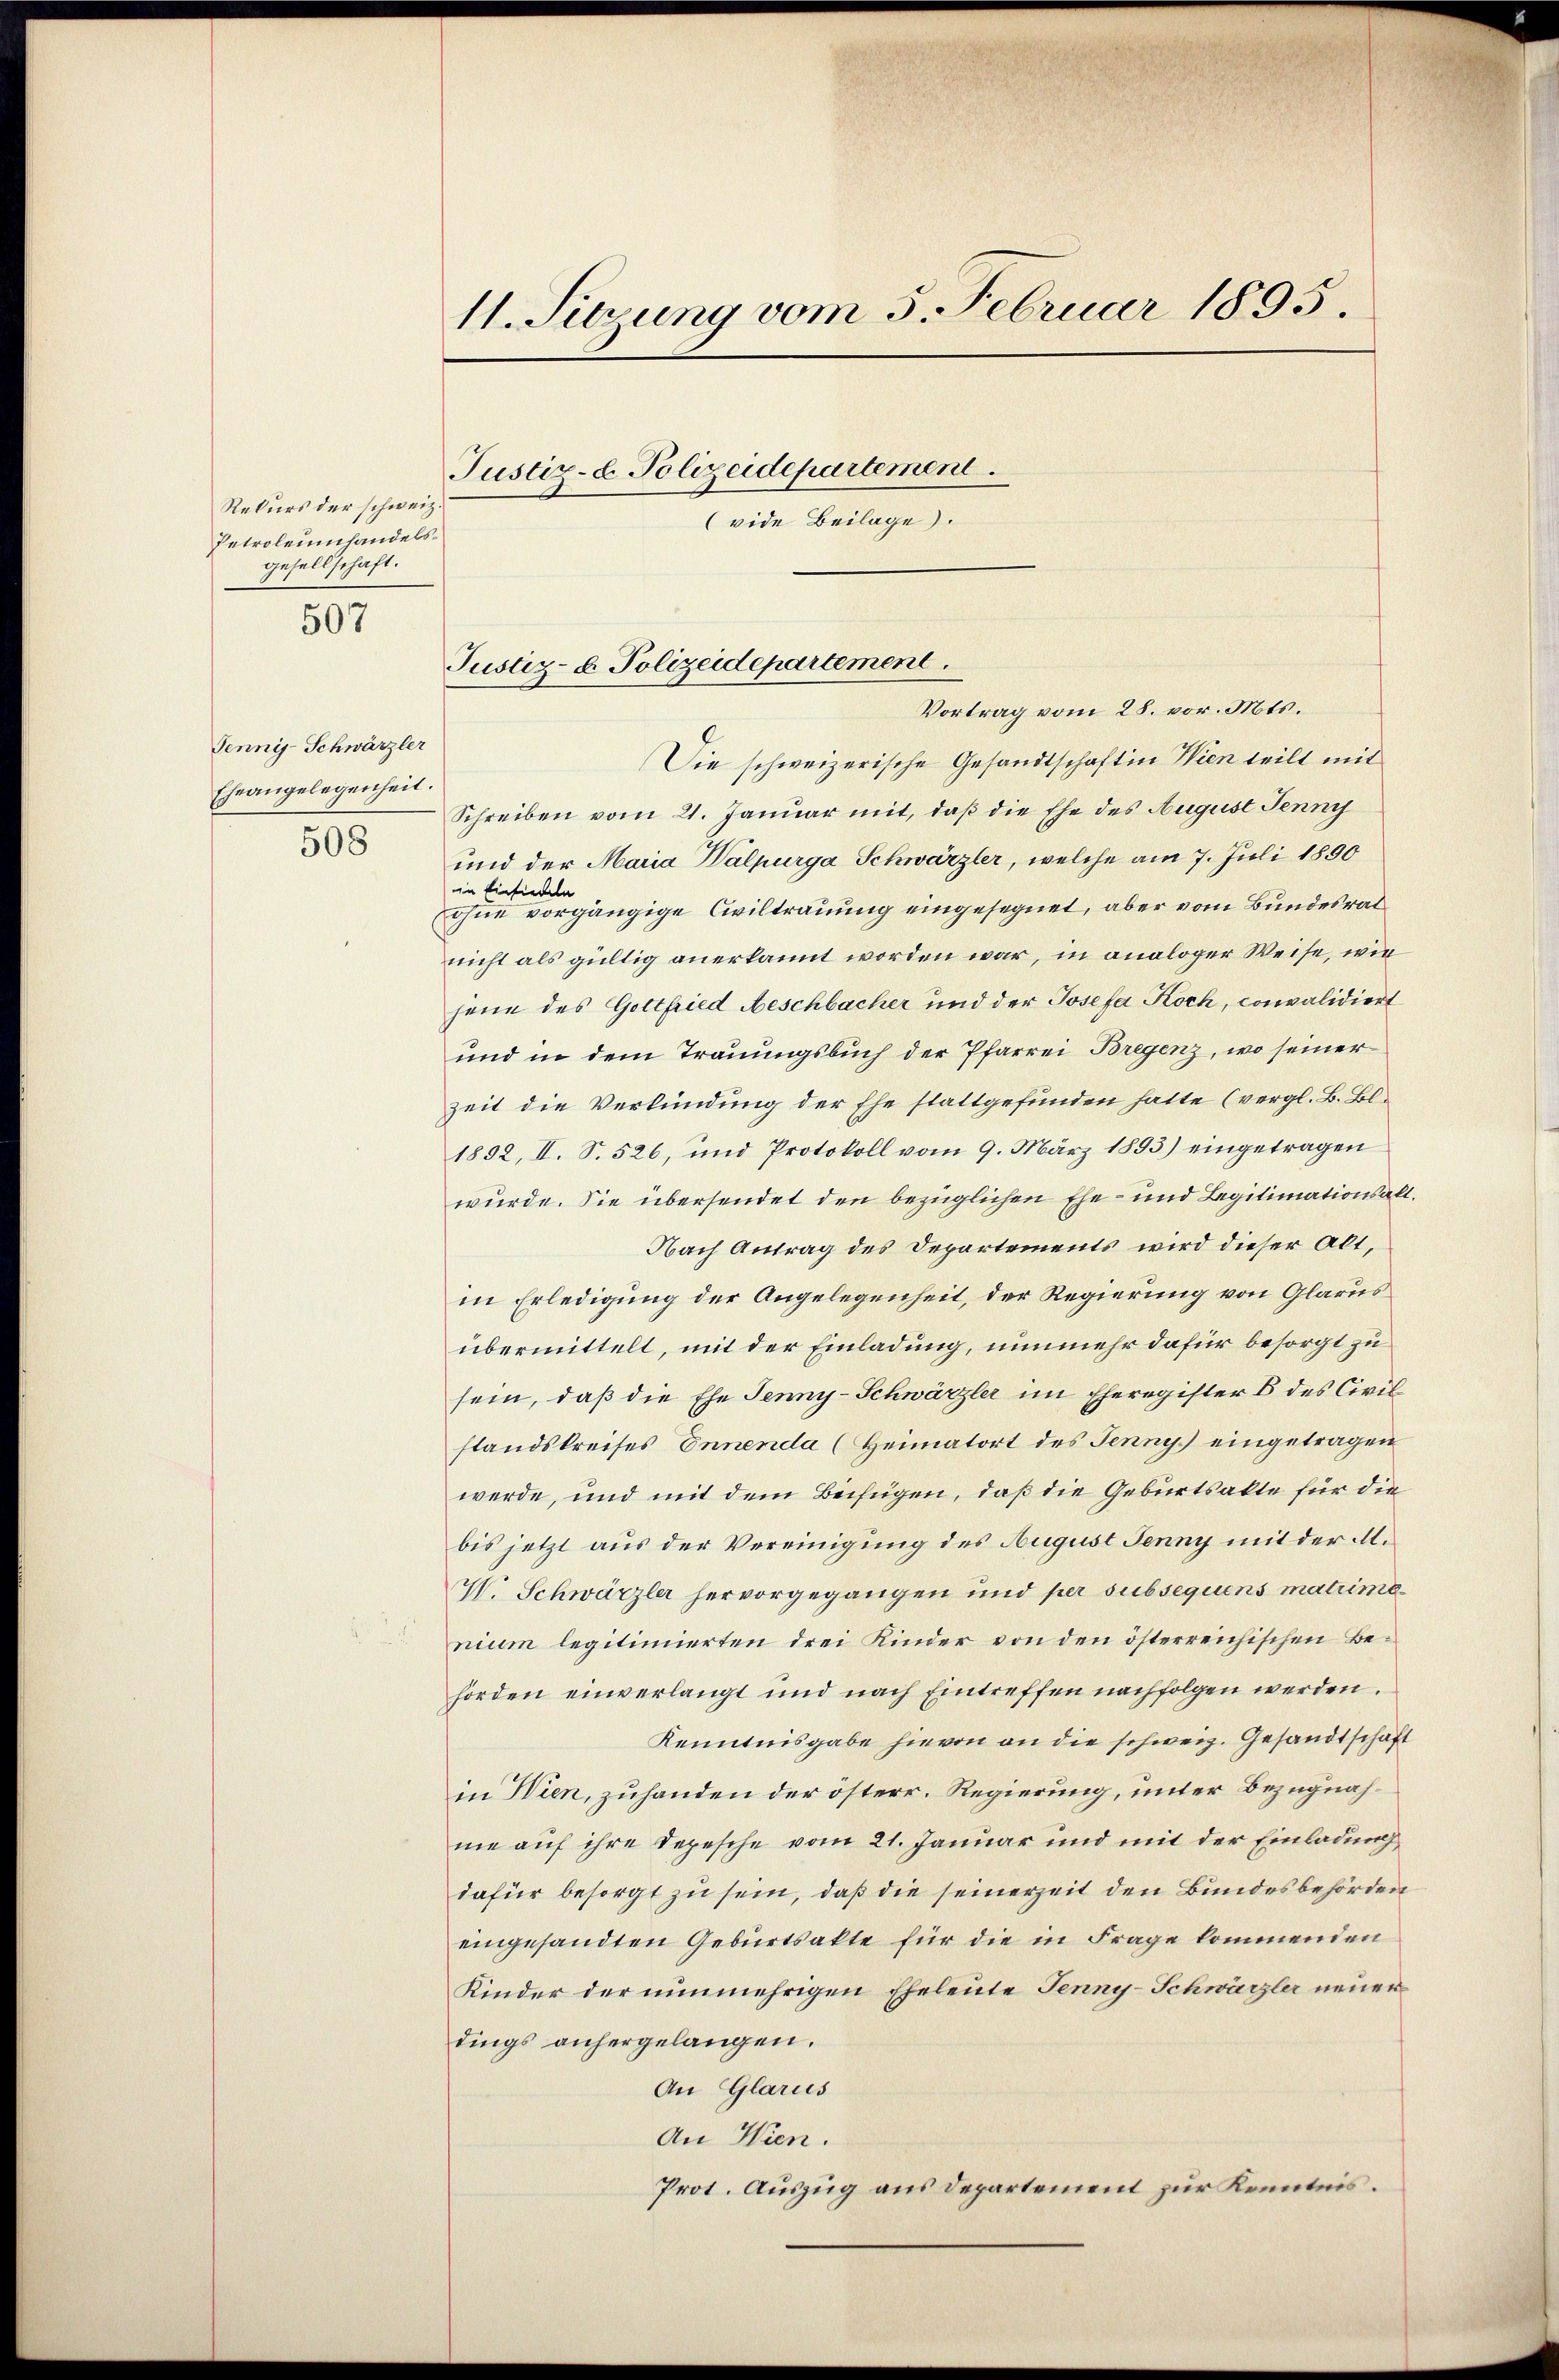
Rekurs der schweiz.
Petroleumhandelsgesellschaft.

507

11. Sitzung vom 5. Februar 1895.
Justiz- & Polizeidepartement.
(vide Beilage).

Pennij-Schwärzler
Eheangelegenheit.
508

Justiz- & Polizeidepartement.

Vortrag vom 28. vor. Mts.
Die schweizerische Gesandtschaft in Wien teilt mit
Schreiben vom 21. Januar mit, daß die Ehe des August Jenny
und der Maria Walpurga Schwärzler, welche am 7. Juli 1890
in Einsiedeln
ohne vorgängige Civiltrauung eingesegnet, aber vom Bundesrat
nicht als gültig anerkannt worden war, in analoger Weise, wie
jene des Gottfried Aeschbacher und der Josefa Koch, convalidiert
und in dem Trauungsbuch der Pfarrei Bregenz, wo seiner
zeit die Verkündung der Ehe stattgefunden hatte (vergl. B. Bl.
1892, II. S. 526, und Protokoll vom 9. März 1893) eingetragen
wurde. Sie übersendet den bezüglichen Ehe- und Legitimationsalt¬
Nach Antrag des Departements wird dieser Alt,
in Erledigung der Angelegenheit, der Regierung von Glarus
übermittelt, mit der Einladung, nunmehr dafür besorgt zu
sein, daß die Ehe Jenny-Schwärzler im Eheregister 6 des Civil
standskreises Innenda (Heimatort des Jenny eingetragen
werde, und mit dem Beifügen, daß die Geburtsakte für die
bis jetzt aus der Vereinigung des August Jenny mit der M.
V. Schwärzler hervorgegangen und per subsequens matrime
nium legitimierten drei Kinder von den österreichischen Behörden einverlangt und nach Eintreffen nachfolgen werden.
Kenntnisgabe hievon an die schweiz. Gesandtschaft
in Wien, zuhanden der österr. Regierung, unter Bezugnahne auf ihre Depesche vom 21. Januar und mit der Einladung
dafür besorgt zu sein, daß die seinerzeit den Bundesbehörden
eingesandten Geburtsakte für die in Frage kommenden
Kinder der nunmehrigen Eheleute Jenny-Schwärzler neuer
dings anhergelangen.
An Glarus
An Wien.
Prot. Auszug aus Departement zur Kenntnis.